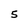
Character: 5